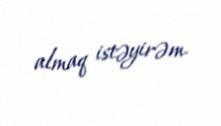
almaq istəyirəm.